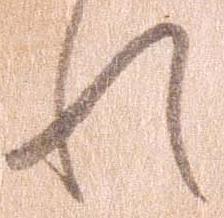
れ